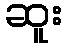
ဆူး